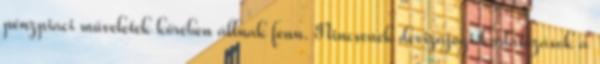
pénzpiaci műveletek körében állnak fenn. Nincsenek devizajogi korlátozások a